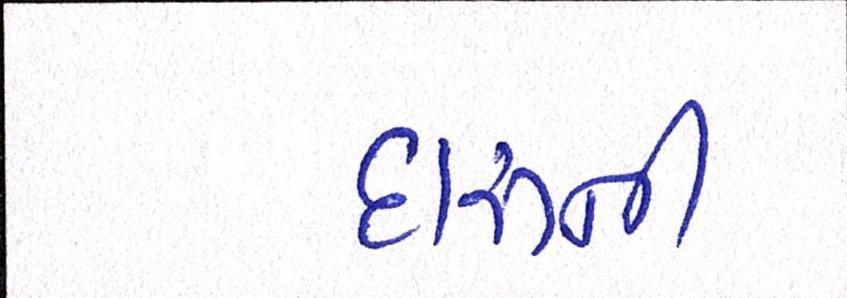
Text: દારૂની